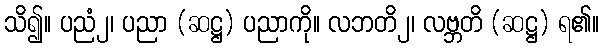
သိ၍။ ပညံ၂၊ ပညာ (ဆဋ္ဌ) ပညာကို။ လဘတိ၂၊ လဗ္ဘတိ (ဆဋ္ဌ) ရ၏။